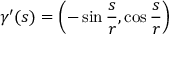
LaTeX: { \boldsymbol { \gamma } } ^ { \prime } ( s ) = \left( - \sin { \frac { s } { r } } , \cos { \frac { s } { r } } \right)